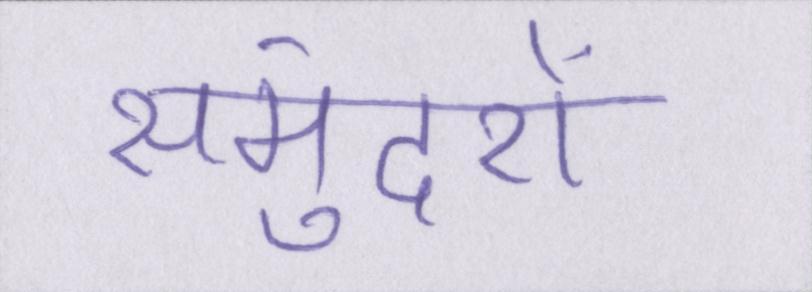
समुंदरों